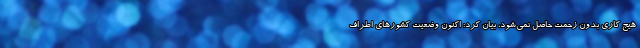
هیج کاری بدون زحمت حاصل نمی‌شود، بیان کرد: اکنون وضعیت کشورهای اطراف